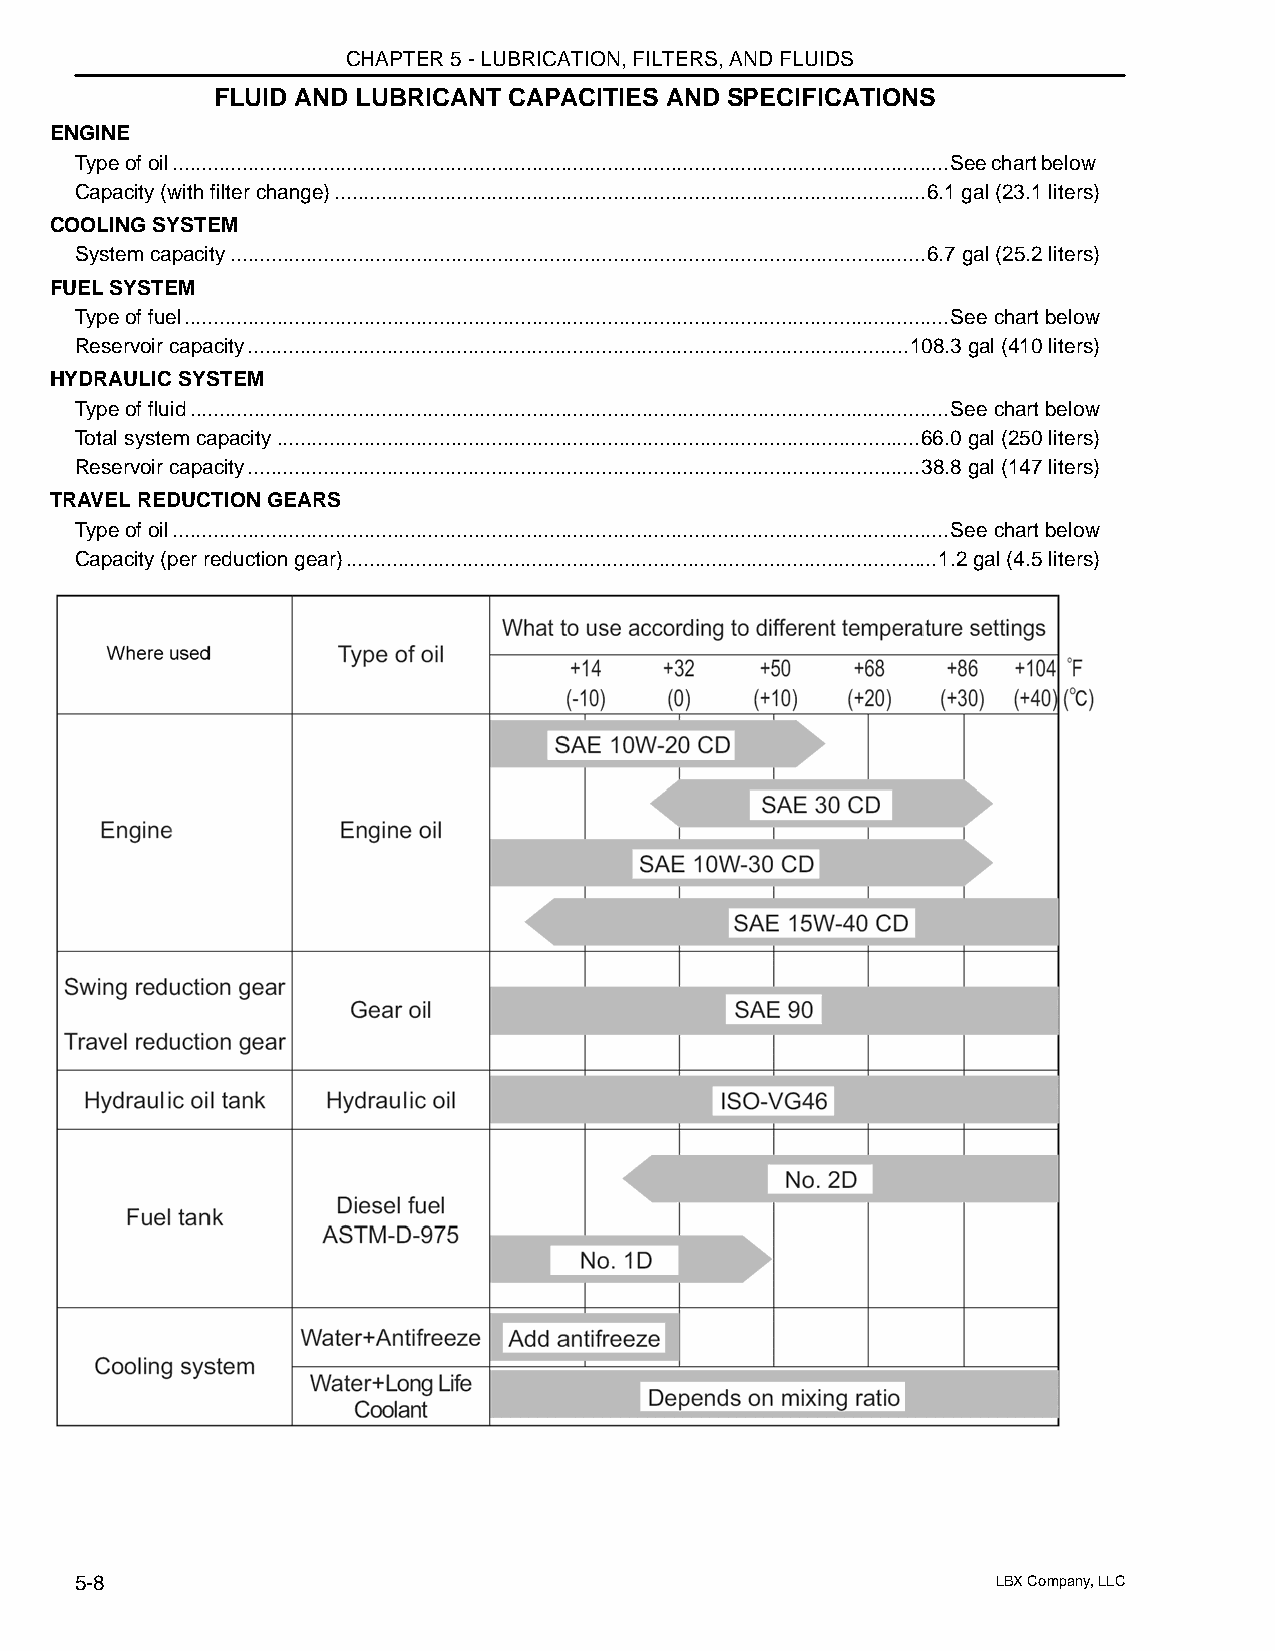
CHAPTER 5 - LUBRICATION, FILTERS, AND FLUIDS
 FLUID AND LUBRICANT CAPACITIES AND SPECIFICATIONS
 ENGINE
 Type of oil......................................................................................................................................See chart below
 Capacity (with filter change)......................................................................................................6.1 gal (23.1 liters)
 COOLING SYSTEM
 System capacity........................................................................................................................6.7 gal (25.2 liters)
 FUEL SYSTEM
 Type of fuel....................................................................................................................................See chart below
 Reservoir capacity..................................................................................................................108.3 gal (410 liters)
 HYDRAULIC SYSTEM
 Type of fluid...................................................................................................................................See chart below
 Total system capacity...............................................................................................................66.0 gal (250 liters)
 Reservoir capacity....................................................................................................................38.8 gal (147 liters)
 TRAVEL REDUCTION GEARS
 Type of oil......................................................................................................................................See chart below
 Capacity (per reduction gear)......................................................................................................1.2 gal (4.5 liters)
 5-8                                                          LBX Company, LLC